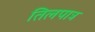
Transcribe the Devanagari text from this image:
तिलपात्र